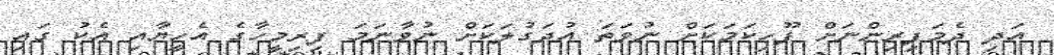
އަދި ދެމަފިރިންނަށް ފޫހިކަމަކަށް ނުވަތަ އުދަގުލަކަށް ނުވާނަމަ ފިރިމީހާގެ އެހީޔާއި އެކު ގައި